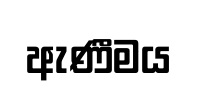
ඇණීමය